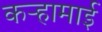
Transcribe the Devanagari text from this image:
कऱ्हामाई